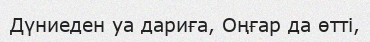
Дүниеден уа дариға, Оңғар да өтті,